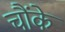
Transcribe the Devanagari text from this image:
चौंके